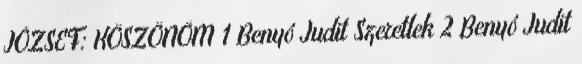
JÓZSEF: KÖSZÖNÖM 1 Benyó Judit Szeretlek 2 Benyó Judit